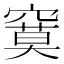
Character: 𰩙